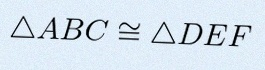
\triangle ABC\cong\triangle DEF